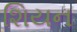
શિયન